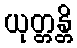
ယုတ္တန္တိ